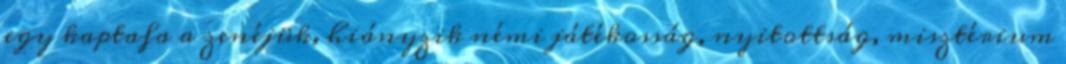
egy kaptafa a zenéjük, hiányzik némi játékosság, nyitottság, misztérium